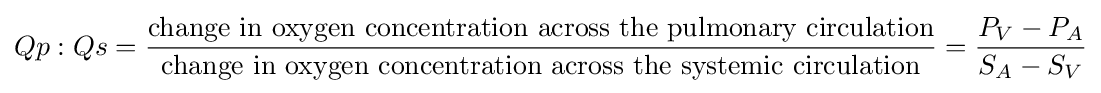
Qp:Qs={\frac {\text{change in oxygen concentration across the pulmonary circulation}}{\text{change in oxygen concentration across the systemic circulation}}}={\frac {P_{V}-P_{A}}{S_{A}-S_{V}}}